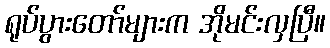
ရုပ်ပွားတော်များက အိုမင်းလှပြီ။